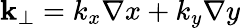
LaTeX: \mathbf k_{\perp}=k_{x}\nabla x+k_{y}\nabla y